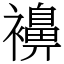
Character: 襣